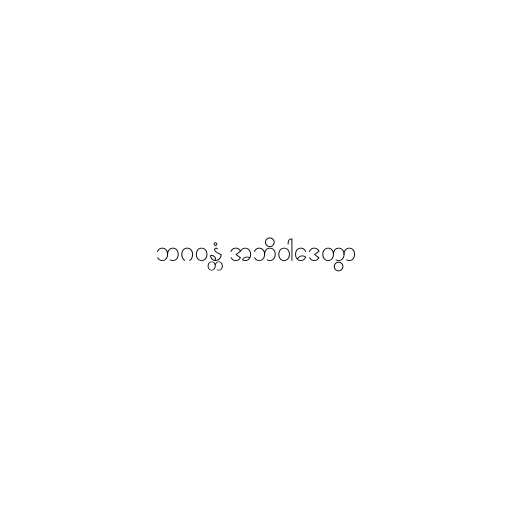
ဘဂဝန္တံ အဘိဝါဒေတွာ